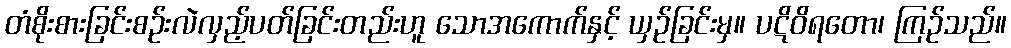
တံစိုးစားခြင်းစဉ်းလဲလှည့်ပတ်ခြင်းတည်းဟူ သောအကောက်နှင့် ယှဉ်ခြင်းမှ။ ပဋိဝိရတော၊ ကြဉ်သည်။